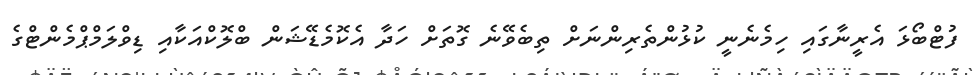
ފުޓްބޯޅަ އެރީނާގައި ހިމެނެނީ ކުޅުންތެރިންނަށް ތިބެވޭނެ ގޮތަށް ހަދާ އެކޮމެޑޭޝަން ބްލޮކްއަކާއި ޑިވްލަމްޕްމެންޓްގެ